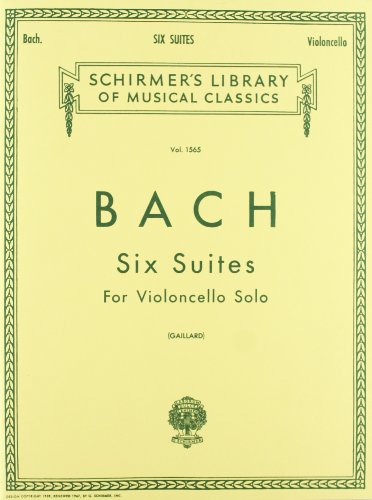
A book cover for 6 Suites: Cello Solo; Humor & Entertainment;